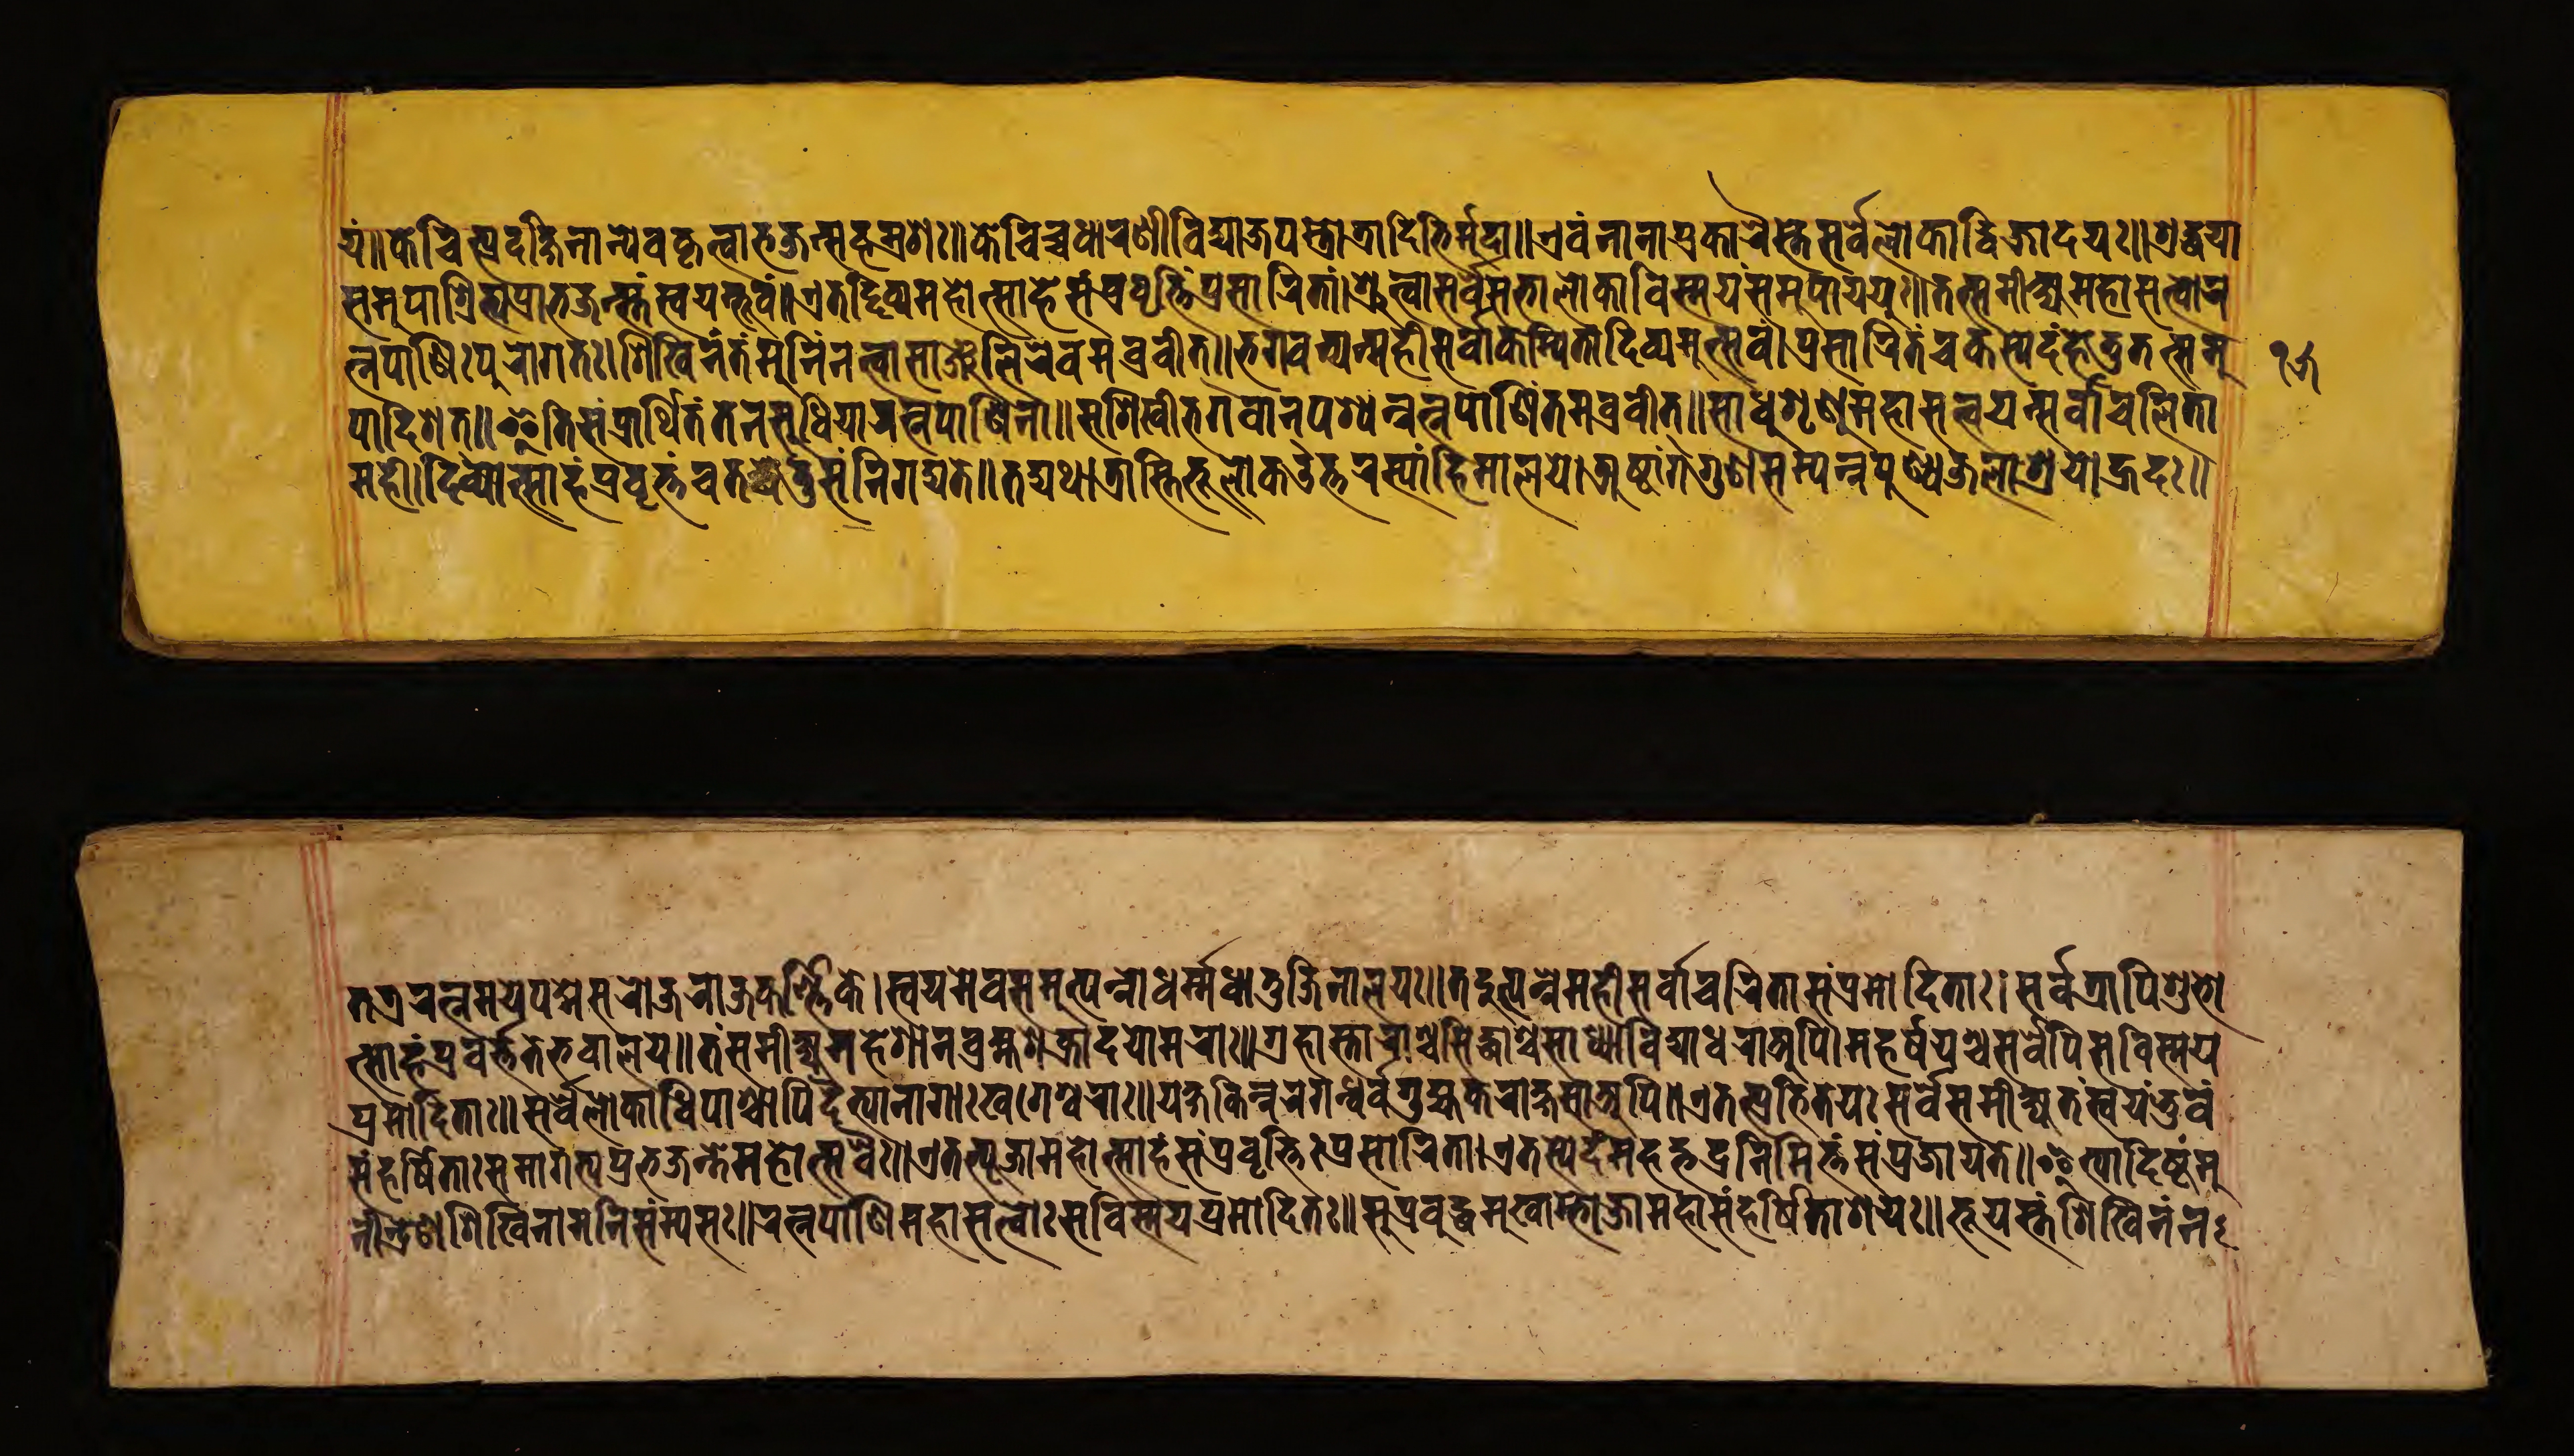
𑐫𑑄॥𑐎𑐾𑐔𑐶𑐟𑑂𑐥𑑂𑐬𑐡𑐎𑑂𑐲𑐶𑐞𑐵𑐣𑑂𑐫𑐾𑐰𑐎𑐺𑐟𑑂𑐰𑐵𑐨𑐖𑐣𑑂𑐳𑐴𑐳𑑂𑐬𑐱𑑅॥𑐎𑐾𑐔𑐶𑐔𑑂𑐔𑐢𑐵𑐬𑐞𑐷𑐰𑐶𑐡𑑂𑐫𑐵𑐖𑐥𑐳𑑂𑐟𑑀𑐟𑑂𑐬𑐵𑐡𑐶𑐨𑐶𑐬𑑂𑐩𑐸𑐡𑐵॥𑐊𑐰𑑄𑐣𑐵𑐣𑐵𑐥𑑂𑐬𑐎𑐵𑐬𑐿𑐳𑑂𑐟𑐾𑐳𑐬𑑂𑐰𑐾𑐮𑑀𑐎𑐵𑐡𑑂𑐰𑐶𑐖𑐵𑐡𑐫𑑅॥𑐱𑑂𑐬𑐡𑑂𑐢𑐫𑐵 𑐳𑐩𑐸𑐥𑐵𑐱𑑂𑐬𑐶𑐟𑑂𑐫𑐥𑑂𑐬𑐵𑐨𑐖𑐣𑑂𑐳𑑂𑐟𑑄𑐳𑑂𑐰𑐫𑐩𑑂𑐨𑐸𑐰𑑄॥𑐊𑐟𑐡𑑂𑐡𑐶𑐰𑑂𑐫𑐩𑐴𑑀𑐟𑑂𑐳𑐵𑐴𑐿𑑅𑐳𑑄𑐥𑑂𑐬𑐰𑐺𑐟𑑂𑐟𑐶𑑄𑐥𑑂𑐬𑐳𑐵𑐬𑐶𑐟𑐵𑑄॥𑐱𑑂𑐬𑐸𑐟𑑂𑐰𑐵𑐳𑐬𑑂𑐰𑐾𑐳𑐨𑐵𑐮𑑀𑐎𑐵𑐰𑐶𑐳𑑂𑐩𑐫𑑄𑐳𑐩𑐸𑐥𑐵𑐫𑐫𑐸𑑅॥𑐟𑐟𑑂𑐳𑐩𑐷𑐎𑑂𑐲𑑂𑐫𑐩𑐴𑐵𑐳𑐟𑑂𑐟𑑂𑐰𑐵𑐬 𑐟𑑂𑐣𑐥𑐵𑐞𑐶𑑅𑐥𑐸𑐬𑑀𑐐𑐟𑑅।𑐱𑐶𑐏𑐶𑐣𑑄𑐟𑑄𑐩𑐸𑐣𑐶𑑄𑐣𑐟𑑂𑐰𑐵𑐳𑐵𑐘𑑂𑐖𑐮𑐶𑐬𑐾𑐰𑐩𑐧𑑂𑐬𑐰𑐷𑐟𑑂॥𑐨𑐐𑐰𑐣𑑂𑐫𑐟𑑂𑐩𑐴𑐷𑐳𑐬𑑂𑐰𑐵𑐎𑐩𑑂𑐥𑐶𑐟𑐵𑐡𑐶𑐰𑑂𑐫𑐩𑐸𑐟𑑂𑐳𑐰𑑄।𑐥𑑂𑐬𑐳𑐵𑐬𑐶𑐟𑑄𑐔𑐎𑐳𑑂𑐫𑐾𑐡𑑄𑐴𑐾𑐟𑐸𑐟𑐟𑑂𑐳𑐩𑐸 𑐥𑐵𑐡𑐶𑐱॥𑐂𑐟𑐶𑐳𑑄𑐥𑑂𑐬𑐵𑐬𑑂𑐠𑐶𑐟𑑄𑐟𑐾𑐣𑐳𑐸𑐢𑐶𑐫𑐵𑐬𑐟𑑂𑐣𑐥𑐵𑐞𑐶𑐣𑐵॥𑐳𑐱𑐶𑐏𑐶𑐨𑐐𑐰𑐵𑐣𑑂𑐥𑐱𑑂𑐫𑐣𑑂𑐬𑐟𑑂𑐣𑐥𑐵𑐞𑐶𑑄𑐟𑐩𑐧𑑂𑐬𑐰𑐷𑐟𑑂॥𑐳𑐵𑐢𑐸𑐱𑐺𑐞𑐸𑐩𑐴𑐵𑐳𑐟𑑂𑐟𑑂𑐰𑐫𑐟𑑂𑐳𑐬𑑂𑐰𑐵𑐔𑐮𑐶𑐟𑐵 𑐩𑐴𑐷।𑐡𑐶𑐰𑑂𑐫𑑀𑐟𑑂𑐳𑐵𑐴𑐿𑑅𑐥𑑂𑐬𑐰𑐺𑐟𑑂𑐟𑑄𑐔𑐟𑐡𑑂𑐢𑐾𑐟𑐸𑑄𑐳𑑄𑐣𑐶𑐐𑐡𑑂𑐫𑐟𑐾॥𑐟𑐡𑑂𑐫𑐠𑐵𑐟𑑂𑐬𑐵𑐳𑑂𑐟𑐶𑐨𑐹𑐮𑑀𑐎𑑁𑐟𑑂𑐟𑐬𑐳𑑂𑐫𑐵𑑄𑐴𑐶𑐩𑐵𑐮𑐫𑐾।𑐀𑐲𑑂𑐚𑐵𑐒𑑂𑐐𑐐𑐸𑐞𑐳𑐩𑑂𑐥𑐣𑑂𑐣𑐥𑐸𑐞𑑂𑐫𑐖𑐮𑐵𑐱𑑂𑐬𑐫𑑀𑐴𑑂𑐬𑐡𑑅॥ 𑐟𑐟𑑂𑐬𑐬𑐟𑑂𑐣𑐩𑐫𑐾𑐥𑐡𑑂𑐩𑐾𑐳𑐬𑑀𑐖𑐬𑐵𑐖𑐎𑐬𑑂𑐞𑑂𑐞𑐶𑐎𑐾।𑐳𑑂𑐰𑐫𑐩𑐾𑐰𑐳𑐩𑐸𑐟𑑂𑐥𑐣𑑂𑐣𑑀𑐢𑐬𑑂𑐩𑐢𑐵𑐟𑐸𑐖𑐶𑐣𑐵𑐮𑐫𑑅॥𑐟𑐡𑐸𑐟𑑂𑐥𑐣𑑂𑐣𑐾𑐩𑐴𑐷𑐳𑐬𑑂𑐰𑐵𑐬𑐔𑐶𑐟𑐵𑐳𑑄𑐥𑑂𑐬𑐩𑑀𑐡𑐶𑐟𑐵𑑅।𑐳𑐬𑑂𑐰𑐟𑑂𑐬𑐵𑐥𑐶𑐱𑐸𑐨𑑀 𑐟𑑂𑐳𑐵𑐴𑑄𑐥𑑂𑐬𑐵𑐰𑑂𑐬𑐬𑑂𑐟𑑂𑐟𑐟𑐾𑐨𑐰𑐵𑐮𑐫॥𑐟𑑄𑐳𑐩𑐷𑐎𑑂𑐲𑑂𑐫𑐩𑐴𑐾𑐱𑐵𑐣𑐧𑑂𑐬𑐴𑑂𑐩𑐵𑐱𑐎𑑂𑐬𑐵𑐡𑐫𑑀𑐩𑐬𑐵𑑅॥𑐐𑑂𑐬𑐴𑐵𑐳𑑂𑐟𑐵𑐬𑐵𑐱𑑂𑐔𑐳𑐶𑐡𑑂𑐢𑐵𑐱𑑂𑐔𑐳𑐵𑐢𑑂𑐫𑐵𑐰𑐶𑐡𑑂𑐫𑐵𑐢𑐬𑐵𑐀𑐥𑐶।𑐩𑐴𑐬𑑂𑐲𑐱𑑂𑐔𑐳𑐬𑑂𑐰𑐾𑐥𑐶𑐳𑐰𑐶𑐳𑑂𑐩𑐫 𑐥𑑂𑐬𑐩𑑀𑐡𑐶𑐟𑐵𑑅॥𑐳𑐬𑑂𑐰𑐾𑐮𑑀𑐎𑐵𑐢𑐶𑐥𑐵𑐱𑑂𑐔𑐵𑐥𑐶𑐡𑐿𑐟𑑂𑐫𑐵𑐣𑐵𑐐𑐵𑑅𑐏𑐐𑐾𑐱𑑂𑐰𑐬𑐵𑑅॥𑐫𑐎𑑂𑐲𑐎𑐶𑐣𑑂𑐣𑐬𑐐𑐣𑑂𑐢𑐬𑑂𑐰𑑂𑐰𑐐𑐸𑐴𑑂𑐫𑐎𑐬𑐵𑐎𑑂𑐲𑐳𑐵𑐀𑐥𑐶𑑅॥𑐊𑐟𑐟𑑂𑐥𑑂𑐬𑐨𑐺𑐟𑐫𑑅𑐳𑐬𑑂𑐰𑐾𑐳𑐩𑐷𑐎𑑂𑐲𑑂𑐫𑐟𑑄𑐳𑑂𑐰𑐫𑑄𑐨𑐸𑐰𑑄 𑐳𑑄𑐴𑐬𑑂𑐲𑐶𑐟𑐵𑑅𑐳𑐩𑐵𑐐𑐟𑑂𑐫𑐥𑑂𑐬𑐨𑐖𑐣𑑂𑐟𑐾𑐩𑐴𑑀𑐟𑑂𑐳𑐰𑐿𑑅॥𑐊𑐟𑐟𑑂𑐥𑐹𑐖𑐵𑐩𑐴𑑀𑐟𑑂𑐳𑐵𑐴𑐳𑑄𑐥𑑂𑐬𑐰𑐺𑐟𑑂𑐟𑐶𑑅𑐥𑑂𑐬𑐳𑐵𑐬𑐶𑐟।𑐊𑐟𑐳𑑂𑐫𑐾𑐡𑑄𑐩𑐴𑐡𑑂𑐨𑐣𑐶𑐩𑐶𑐟𑑂𑐟𑑄𑐳𑑄𑐥𑑂𑐬𑐖𑐵𑐫𑐟𑐾॥𑐂𑐟𑑂𑐫𑐵𑐡𑐶𑐲𑑂𑐚𑑄𑐩𑐸 𑐣𑐷𑐣𑑂𑐡𑑂𑐬𑐾𑐞𑐱𑐶𑐏𑐶𑐣𑐵𑐳𑑄𑐣𑐶𑐳𑑄𑐩𑑂𑐫𑐳𑑅॥𑐬𑐟𑑂𑐣𑐥𑐵𑐞𑐶𑐩𑐴𑐵𑐳𑐟𑑂𑐟𑑂𑐰𑐵𑑅𑐳𑐰𑐶𑐳𑑂𑐩𑐫𑐥𑑂𑐬𑐩𑑀𑐡𑐶𑐟𑑅॥𑐳𑐸𑐥𑑂𑐬𑐧𑐸𑐡𑑂𑐢𑐩𑐸𑐏𑐵𑐩𑑂𑐨𑑀𑐖𑐵𑐩𑐴𑐵𑐳𑑄𑐴𑐬𑑂𑐲𑐶𑐟𑐵𑐱𑐫𑑅॥𑐨𑐹𑐫𑐳𑑂𑐟𑑄𑐱𑐶𑐏𑐶𑐣𑑄𑐣 𑑑𑑕